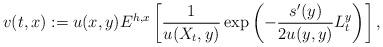
LaTeX: \begin{align*}v(t,x):= u(x,y)E^{h,x}\left[\frac{1}{u(X_t,y)}\exp\left(-\frac{s'(y)}{2u(y,y)}L^y_t\right)\right],\end{align*}